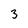
Character: 3